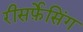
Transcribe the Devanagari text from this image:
रीसर्फ़ेसिंग